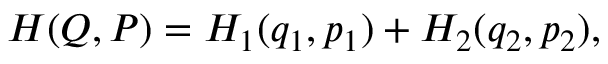
H ( Q , P ) = H _ { 1 } ( q _ { 1 } , p _ { 1 } ) + H _ { 2 } ( q _ { 2 } , p _ { 2 } ) ,